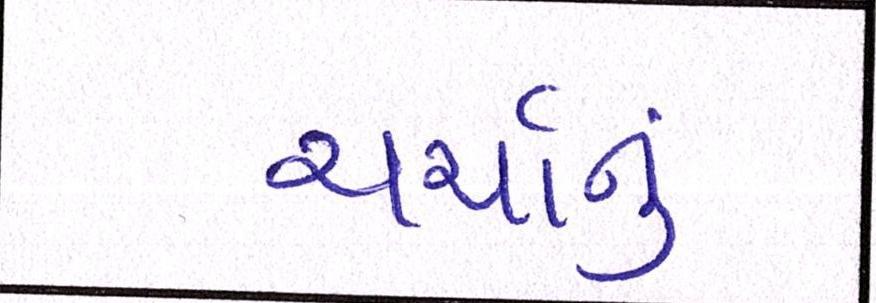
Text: ચર્ચાનું